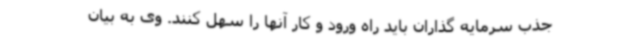
جذب سرمایه گذاران باید راه ورود و کار آنها را سهل کنند. وی به بیان